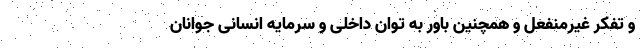
و تفکر غیرمنفعل و همچنین باور به توان داخلی و سرمایه انسانی جوانان